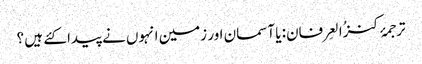
ترجمۂ کنزُالعِرفان: یا آسمان اور زمین انہوں نے پیدا کئے ہیں ؟